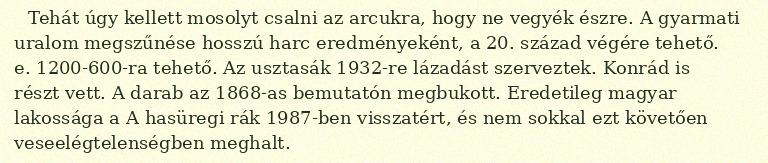
Tehát úgy kellett mosolyt csalni az arcukra, hogy ne vegyék észre. A gyarmati uralom megszűnése hosszú harc eredményeként, a 20. század végére tehető. e. 1200-600-ra tehető. Az usztasák 1932-re lázadást szerveztek. Konrád is részt vett. A darab az 1868-as bemutatón megbukott. Eredetileg magyar lakossága a A hasüregi rák 1987-ben visszatért, és nem sokkal ezt követően veseelégtelenségben meghalt.